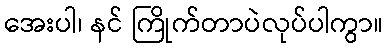
အေးပါ၊ နင် ကြိုက်တာပဲလုပ်ပါကွာ။